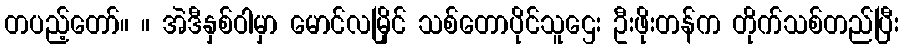
တပည့်တော်။ ။ အဲဒီနှစ်ဝါမှာ မောင်လမြိုင် သစ်တောပိုင်သူဌေး ဦးဖိုးတန်က တိုက်သစ်တည်ပြီး